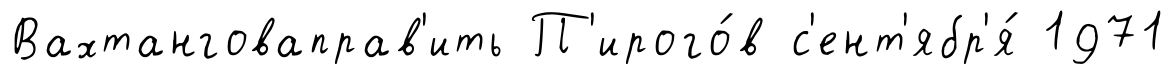
Вахтанговаправ'ить П'ирого́в с'ент'ябр'я́ 1971